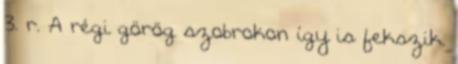
3. r. A régi görög szobrokon így is fekszik.